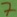
Text: 7